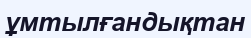
ұмтылғандықтан